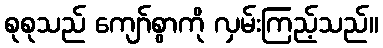
စုစုသည် ကျော်စွာကို လှမ်းကြည့်သည်။